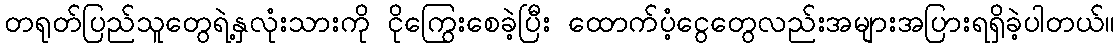
တရုတ်ပြည်သူတွေရဲ့နှလုံးသားကို ငိုကြွေးစေခဲ့ပြီး ထောက်ပံ့ငွေတွေလည်းအများအပြားရရှိခဲ့ပါတယ်။